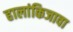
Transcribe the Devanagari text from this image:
हालांकिजावा